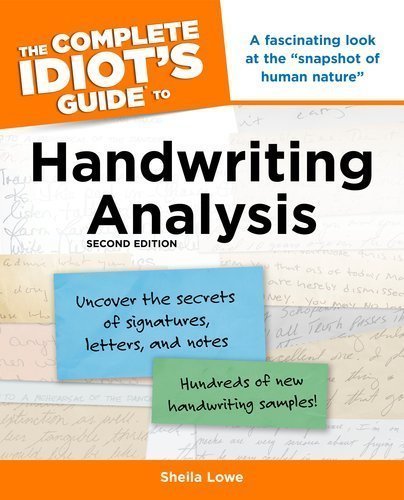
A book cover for The Complete Idiot's Guide to Handwriting Analysis, 2nd Edition by Lowe, Sheila Published by ALPHA 2nd (second) edition (2007) Paperback; Self-Help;